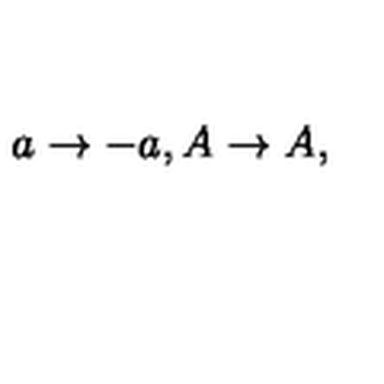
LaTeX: a \rightarrow - a , A \rightarrow A ,